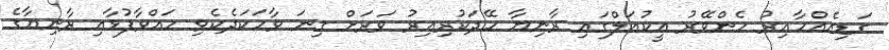
ގަޑިއެއްހާއިރު ހެންވޭރު އީކުއަލްގައި ރާނިޔާ ހޭދަކުރިއިރު ވަރަށް ގިނަ ވާހަކަދެކެވި ހައްވާފުޅާއި ރާނިޔާގެ